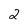
Character: 2